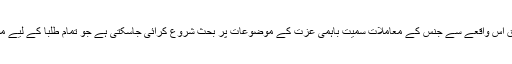
بیان کے مطابق اس واقعے سے جنس کے معاملات سمیت باہمی عزت کے موضوعات پر بحث شروع کرائی جاسکتی ہے جو تمام طلبا کے لیے مفید ثابت ہوگی۔